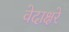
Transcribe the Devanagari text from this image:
वेदाक्षरे